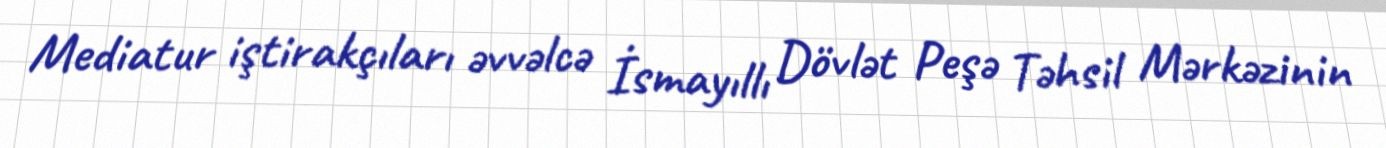
Mediatur iştirakçıları əvvəlcə İsmayıllı Dövlət Peşə Təhsil Mərkəzinin